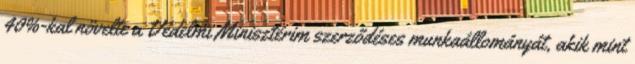
40%-kal növelte a Védelmi Minisztérim szerződéses munkaállományát, akik mint